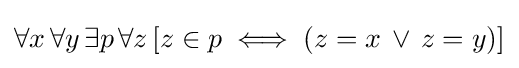
\forall x\,\forall y\,\exists p\,\forall z\,[z\in p\iff (z=x\,\lor \,z=y)]